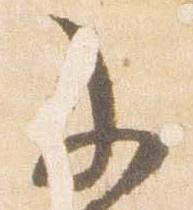
不